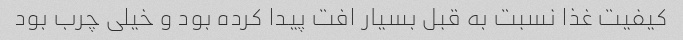
کیفیت غذا نسبت به قبل بسیار افت پیدا کرده بود و خیلی چرب بود